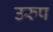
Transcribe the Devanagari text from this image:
उरुप